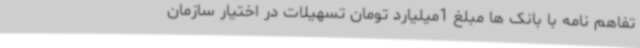
تفاهم نامه با بانک ها مبلغ 1میلیارد تومان تسهیلات در اختیار سازمان